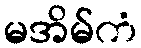
မအိမ်ကံ